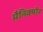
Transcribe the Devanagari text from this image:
मैनिक्‍योर